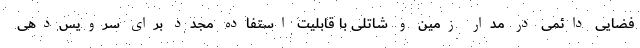
فضایی دائمی در مدار زمین و شاتلی با قابلیت استفاده مجدد برای سرویس‌دهی